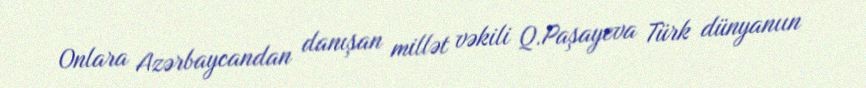
Onlara Azərbaycandan danışan millət vəkili Q.Paşayeva Türk dünyanıın